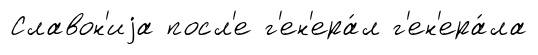
Славон'иjа посл'е г'ен'ера́л г'ен'ера́ла